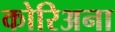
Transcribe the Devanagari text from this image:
कोरिअना